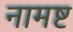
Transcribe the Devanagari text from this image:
नामष्ट